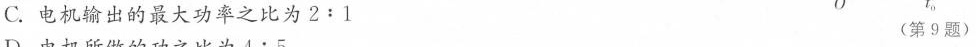
C.电机输出的最大功率之比为2:1 (第9题)